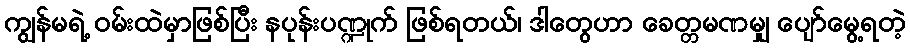
ကျွန်မရဲ့ ဝမ်းထဲမှာဖြစ်ပြီး နပုန်းပဏ္ဍုက် ဖြစ်ရတယ်၊ ဒါတွေဟာ ခေတ္တမဏမျှ ပျော်မွေ့ရတဲ့